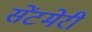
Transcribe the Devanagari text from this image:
सेंटमेरी